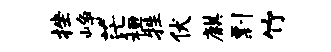
挫峥茫桓牲伏麒剽竹